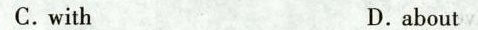
C.with D.about